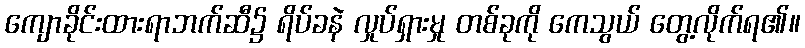
ကျောခိုင်းထားရာဘက်ဆီ၌ ရိပ်ခနဲ လှုပ်ရှားမှု တစ်ခုကို ကေသွယ် တွေ့လိုက်ရ၏။